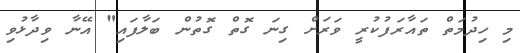
މި ހިދުމަތް ތައާރަފުކުރީ ވަރަށް ގިނަ ގޮތް ގޮތުން ބަލާފައި" އޭނާ ވިދާޅުވި